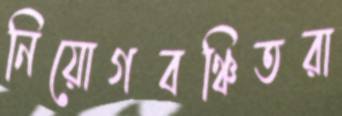
নিয়োগবঞ্চিতরা